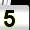
Digit: 5